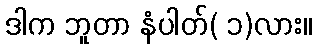
ဒါက ဘူတာ နံပါတ်( ၁)လား။